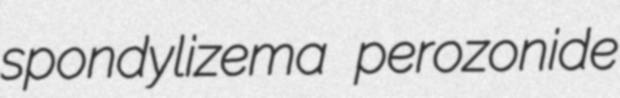
spondylizema perozonide